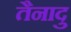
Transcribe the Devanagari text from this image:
तैनादु